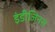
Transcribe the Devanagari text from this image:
इंडीजिनस